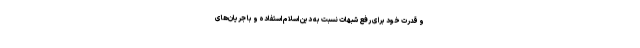
و قدرت خود برای رفع شبهات نسبت به دین اسلام استفاده و با جریان‌های